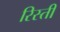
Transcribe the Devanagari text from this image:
रिस्ती